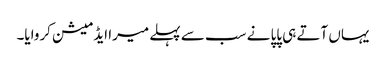
یہاں آتے ہی پاپا نے سب سے پہلے میرا ایڈمیشن کروایا۔